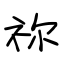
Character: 祢